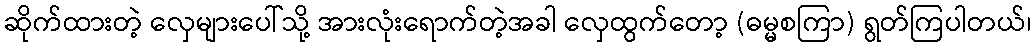
ဆိုက်ထားတဲ့ လှေများပေါ်သို့ အားလုံးရောက်တဲ့အခါ လှေထွက်တော့ (ဓမ္မစကြာ) ရွတ်ကြပါတယ်၊